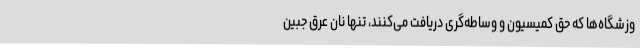
وزشگاه‌ها که حق کمیسیون و وساطه‌گری دریافت می‌کنند، تنها نان عرق جبین